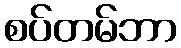
စပ်တမ်ဘာ